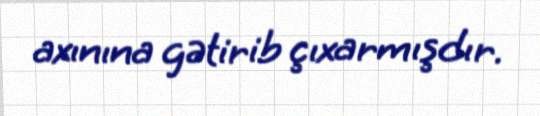
axınına gətirib çıxarmışdır.